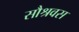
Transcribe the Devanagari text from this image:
सौश्रवस